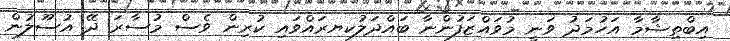
އިބްތިޝާމާ އަހުމަދު ވަނީ މުވައްޒަފުންނާ ބައްދަލުކޔރައްވައި ކުރިން ވެސް މުސާރަ ދޭ އުސޫލުން